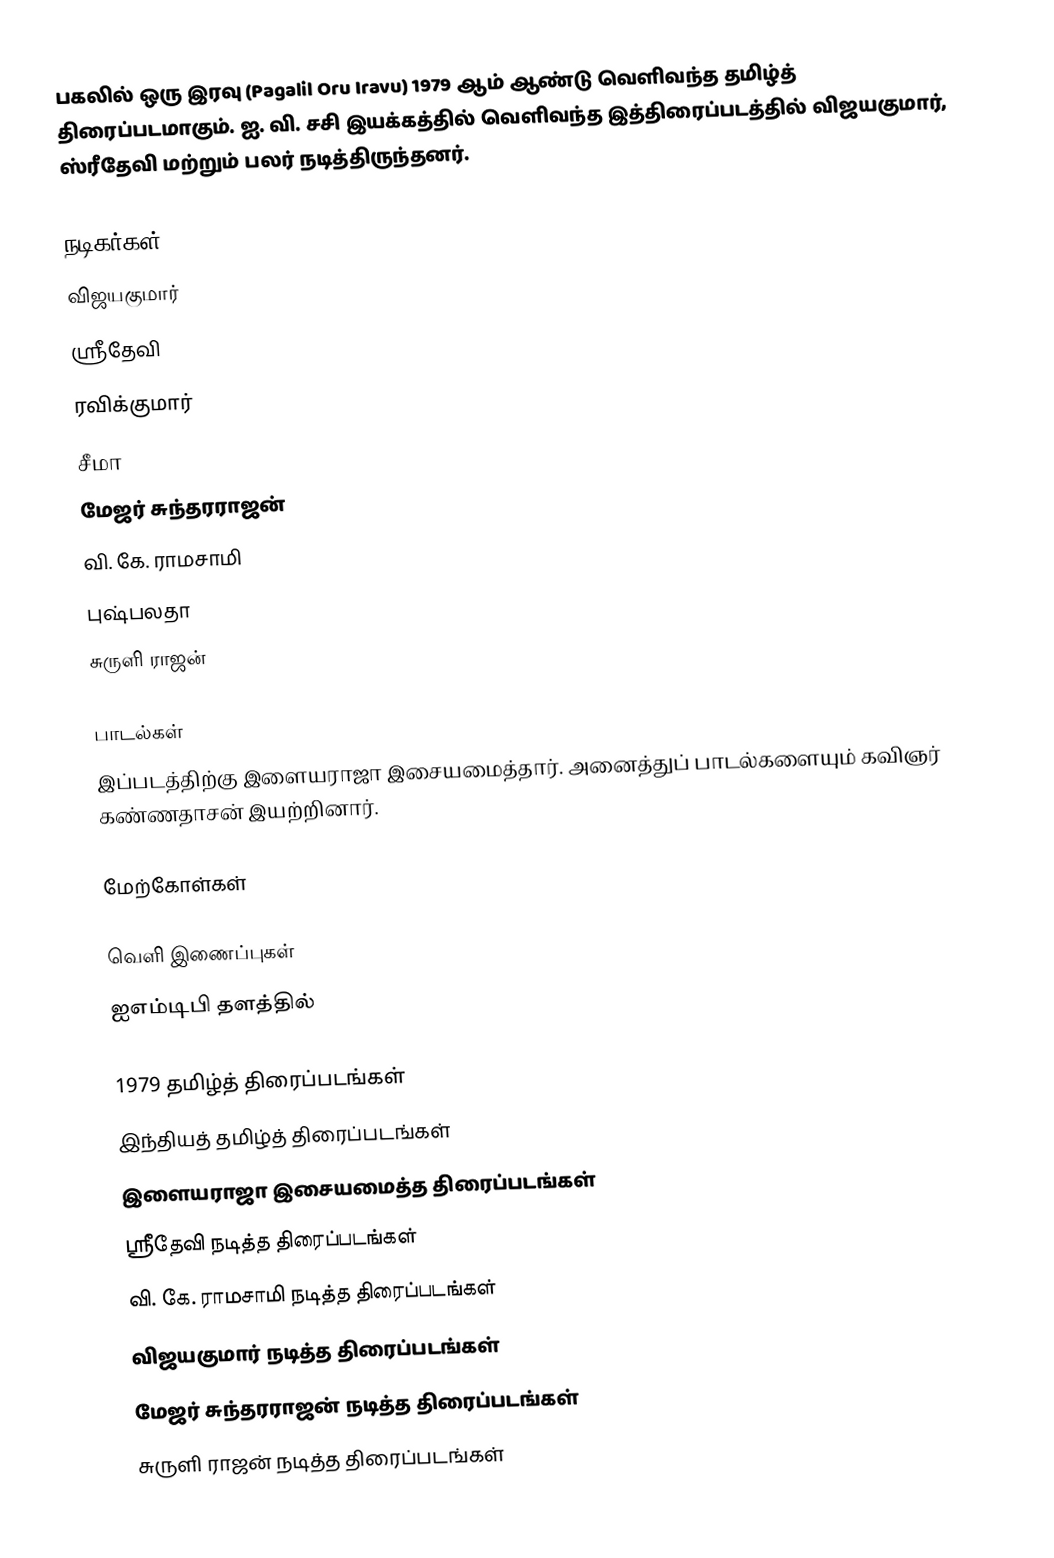
பகலில் ஒரு இரவு (Pagalil Oru Iravu) 1979 ஆம் ஆண்டு வெளிவந்த தமிழ்த் திரைப்படமாகும். ஐ. வி. சசி இயக்கத்தில் வெளிவந்த இத்திரைப்படத்தில் விஜயகுமார், ஸ்ரீதேவி மற்றும் பலர் நடித்திருந்தனர்.

நடிகர்கள்
 விஜயகுமார்
 ஸ்ரீதேவி
 ரவிக்குமார்
 சீமா
 மேஜர் சுந்தரராஜன்
 வி. கே. ராமசாமி
 புஷ்பலதா
 சுருளி ராஜன்

பாடல்கள்
இப்படத்திற்கு இளையராஜா இசையமைத்தார். அனைத்துப் பாடல்களையும் கவிஞர் கண்ணதாசன் இயற்றினார்.

மேற்கோள்கள்

வெளி இணைப்புகள்
 ஐஎம்டிபி தளத்தில்

1979 தமிழ்த் திரைப்படங்கள்
இந்தியத் தமிழ்த் திரைப்படங்கள்
இளையராஜா இசையமைத்த திரைப்படங்கள்
ஸ்ரீதேவி நடித்த திரைப்படங்கள்
வி. கே. ராமசாமி நடித்த திரைப்படங்கள்
விஜயகுமார் நடித்த திரைப்படங்கள்
மேஜர் சுந்தரராஜன் நடித்த திரைப்படங்கள்
சுருளி ராஜன் நடித்த திரைப்படங்கள்